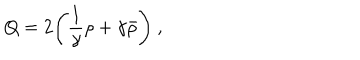
LaTeX: Q = 2 \Biggl ( \frac { 1 } { \gamma } \rho + \gamma \bar { \rho } \Biggr ) ~ ,